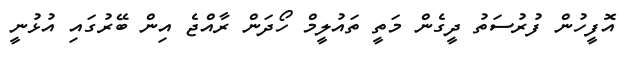
އޮފީހުން ފުރުސަތު ދީގެން މަތީ ތައުލީމް ހޯދަން ރާއްޖެ އިން ބޭރުގައި އުޅުނީ